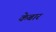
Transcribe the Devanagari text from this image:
केबार